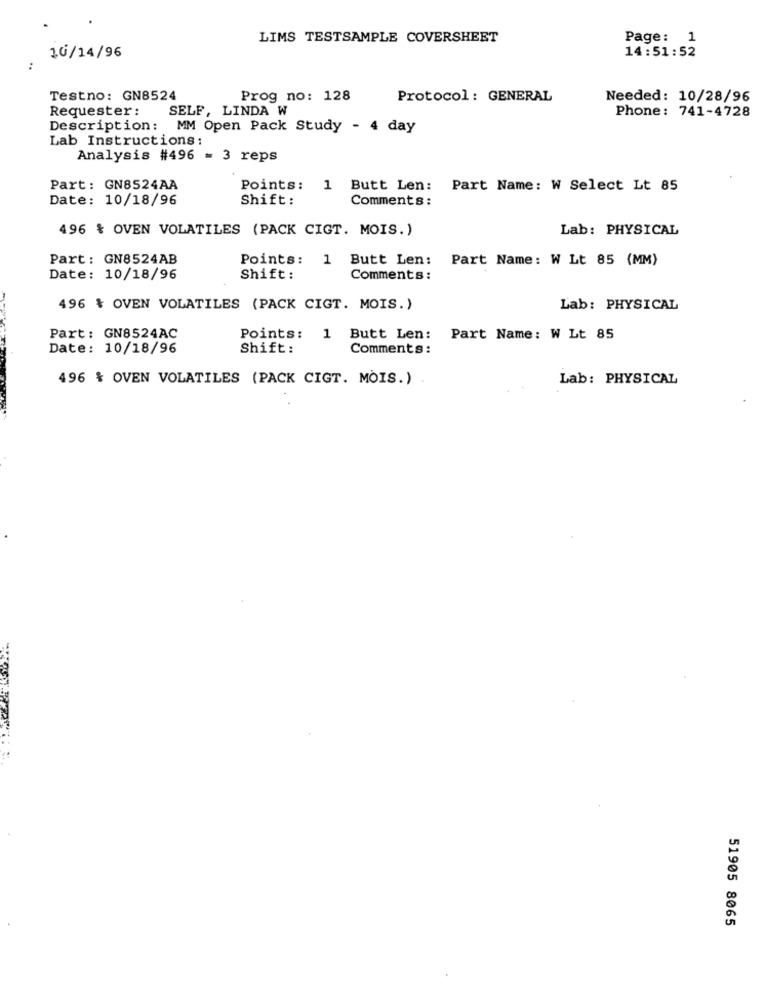
LIMS TESTSAMPLE COVERSHEET
Page: 1
10/14/96
14:51:52
:
Testno: GN8524
Prog no: 128
Protocol : GENERAL
Needed: 10/28/96
Requester:
SELF, LINDA W
Phone: 741-4728
Description: MM Open Pack Study - 4 day
Lab Instructions:
Analysis #496 = 3 reps
Part: GN8524AA
Points:
1 Butt Len: Part Name: W Select Lt 85
Date: 10/18/96
Shift:
Comments:
496 & OVEN VOLATILES (PACK CIGT. MOIS.)
Lab: PHYSICAL
Part: GN8524AB
Points:
1 Butt Len:
Part Name: W Lt 85 (MM)
Date: 10/18/96
Shift:
Comments:
496 % OVEN VOLATILES (PACK CIGT. MOIS.)
Lab: PHYSICAL
Part: GN8524AC
Points: 1 Butt Len:
Part Name: W Lt 85
Date: 10/18/96
Shift:
Comments:
496 % OVEN VOLATILES (PACK CIGT. MOIS.)
Lab: PHYSICAL
51905 8065